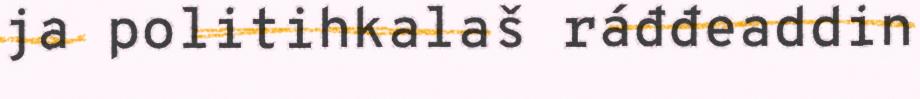
ja politihkalaš ráđđeaddin